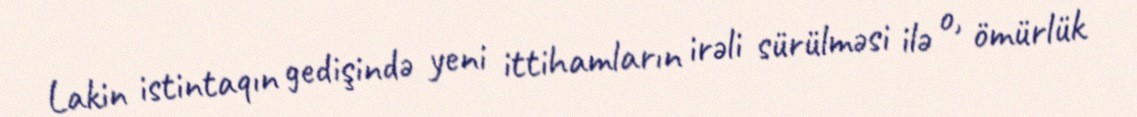
Lakin istintaqın gedişində yeni ittihamların irəli sürülməsi ilə o, ömürlük